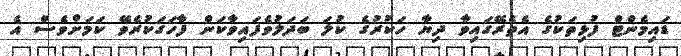
ޑައިމެންޓް ފުޅިތަކުގެ އެތެރޭގައިވާ ދިޔާ ހަކުރުގެ ކުލަ ބަދަލުވެފައިވާކަން ފާހަގަކުރެވޭ ކަމަށްވެސް އެ